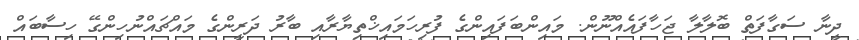
ދީނާ ސަގާފަތް ބޮލާލާ ޖަހާފައެއްނޫން. މައިންބަފައިންގެ ފުރިހަމައިޚްތިޔާރާއި ބާރު ދަރީންގެ މައްޗައްނުހިންގޭ ހިސާބައް